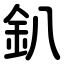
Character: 釟